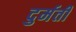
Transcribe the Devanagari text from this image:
दुर्मती